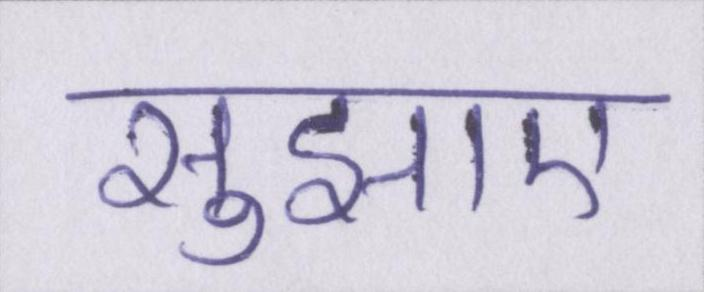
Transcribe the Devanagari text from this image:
सुझाए